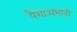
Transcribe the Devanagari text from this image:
पैशाअभावी